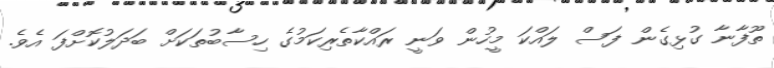
ތޫފާނާ ގުޅިގެން ފަސް ލައްކަ މީހުން ވަނީ ރައްކާތެރިކަމުގެ ހިސާބުތަކަށް ބަދަލުކޮށްފަ އެވެ.